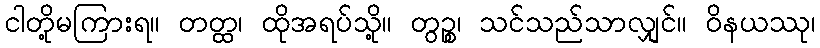
ငါတို့မကြားရ။ တတ္ထ၊ ထိုအရပ်သို့။ တွဉ္စ၊ သင်သည်သာလျှင်။ ဝိနယဿု၊